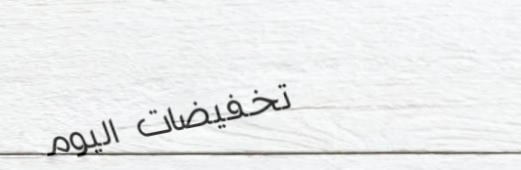
تخفيضات اليوم